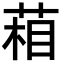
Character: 葙